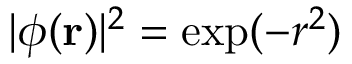
| \phi ( \mathbf { r } ) | ^ { 2 } = \exp ( - r ^ { 2 } )